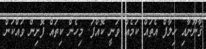
ޤާނޫނާއި ހިލާފް އެތައް ކަމެއް ވަނީ ކޮއްފަ. މިހެން ކިތައް ފޮށިން ވައްކަން